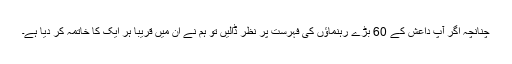
چنانچہ اگر آپ داعش کے 60 بڑے رہنماؤں کی فہرست پر نظر ڈالیں تو ہم نے ان میں قریباً ہر ایک کا خاتمہ کر دیا ہے۔